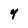
Character: Y